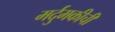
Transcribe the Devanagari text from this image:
मर्दुमकीची